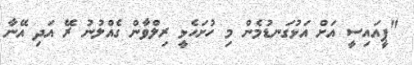
"ޕީއައިސީ އަށް އަޅުގަނޑުމެން މި ހުށަހެޅީ ރިލްވާން ގެއްލުނު ރޭ އަދި އޭނާ